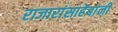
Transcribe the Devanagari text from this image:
राजारांसाहेबांनी